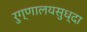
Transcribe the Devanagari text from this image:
रुग्णालयसुध्दा